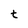
Character: t